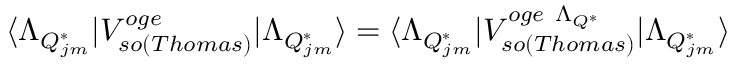
\langle \Lambda _ { Q _ { j m } ^ { * } } \vert V _ { s o ( T h o m a s ) } ^ { o g e } \vert \Lambda _ { Q _ { j m } ^ { * } } \rangle = \langle \Lambda _ { Q _ { j m } ^ { * } } \vert V _ { s o ( T h o m a s ) } ^ { o g e ~ \Lambda _ { Q ^ { * } } } \vert \Lambda _ { Q _ { j m } ^ { * } } \rangle